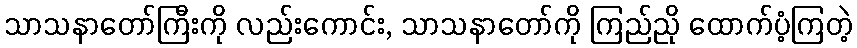
သာသနာတော်ကြီးကို လည်းကောင်း, သာသနာတော်ကို ကြည်ညို ထောက်ပံ့ကြတဲ့